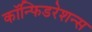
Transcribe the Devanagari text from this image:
कॉन्फिडरेशन्स